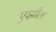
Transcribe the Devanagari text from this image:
एझील